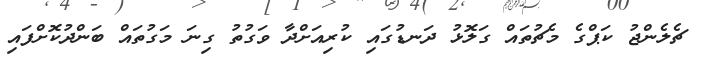
ޗެލެންޖު ކަޕްގެ މެޗުތައް ގަލޮޅު ދަނޑުގައި ކުރިއަށްދާ ވަގުތު ގިނަ މަގުތައް ބަންދުކޮށްފައި